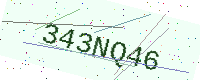
Text: 343NQ46